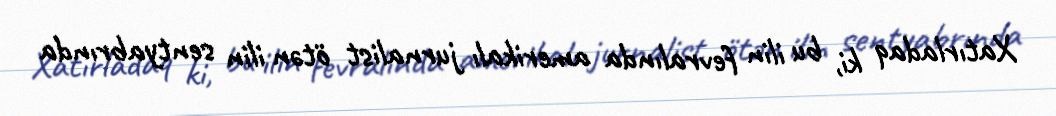
Xatırladaq ki, bu ilin fevralında amerikalı jurnalist ötən ilin sentyabrında